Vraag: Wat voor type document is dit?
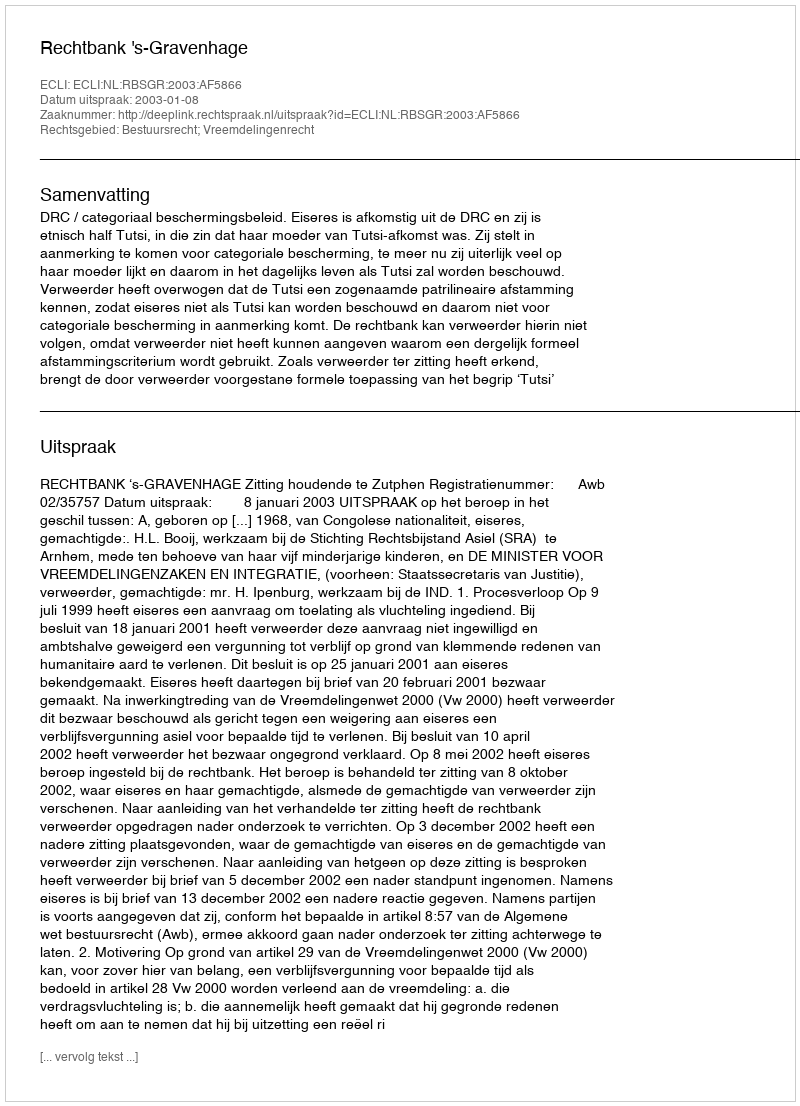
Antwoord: Uitspraak